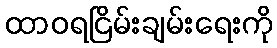
ထာဝရငြိမ်းချမ်းရေးကို